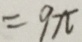
= 9 \pi